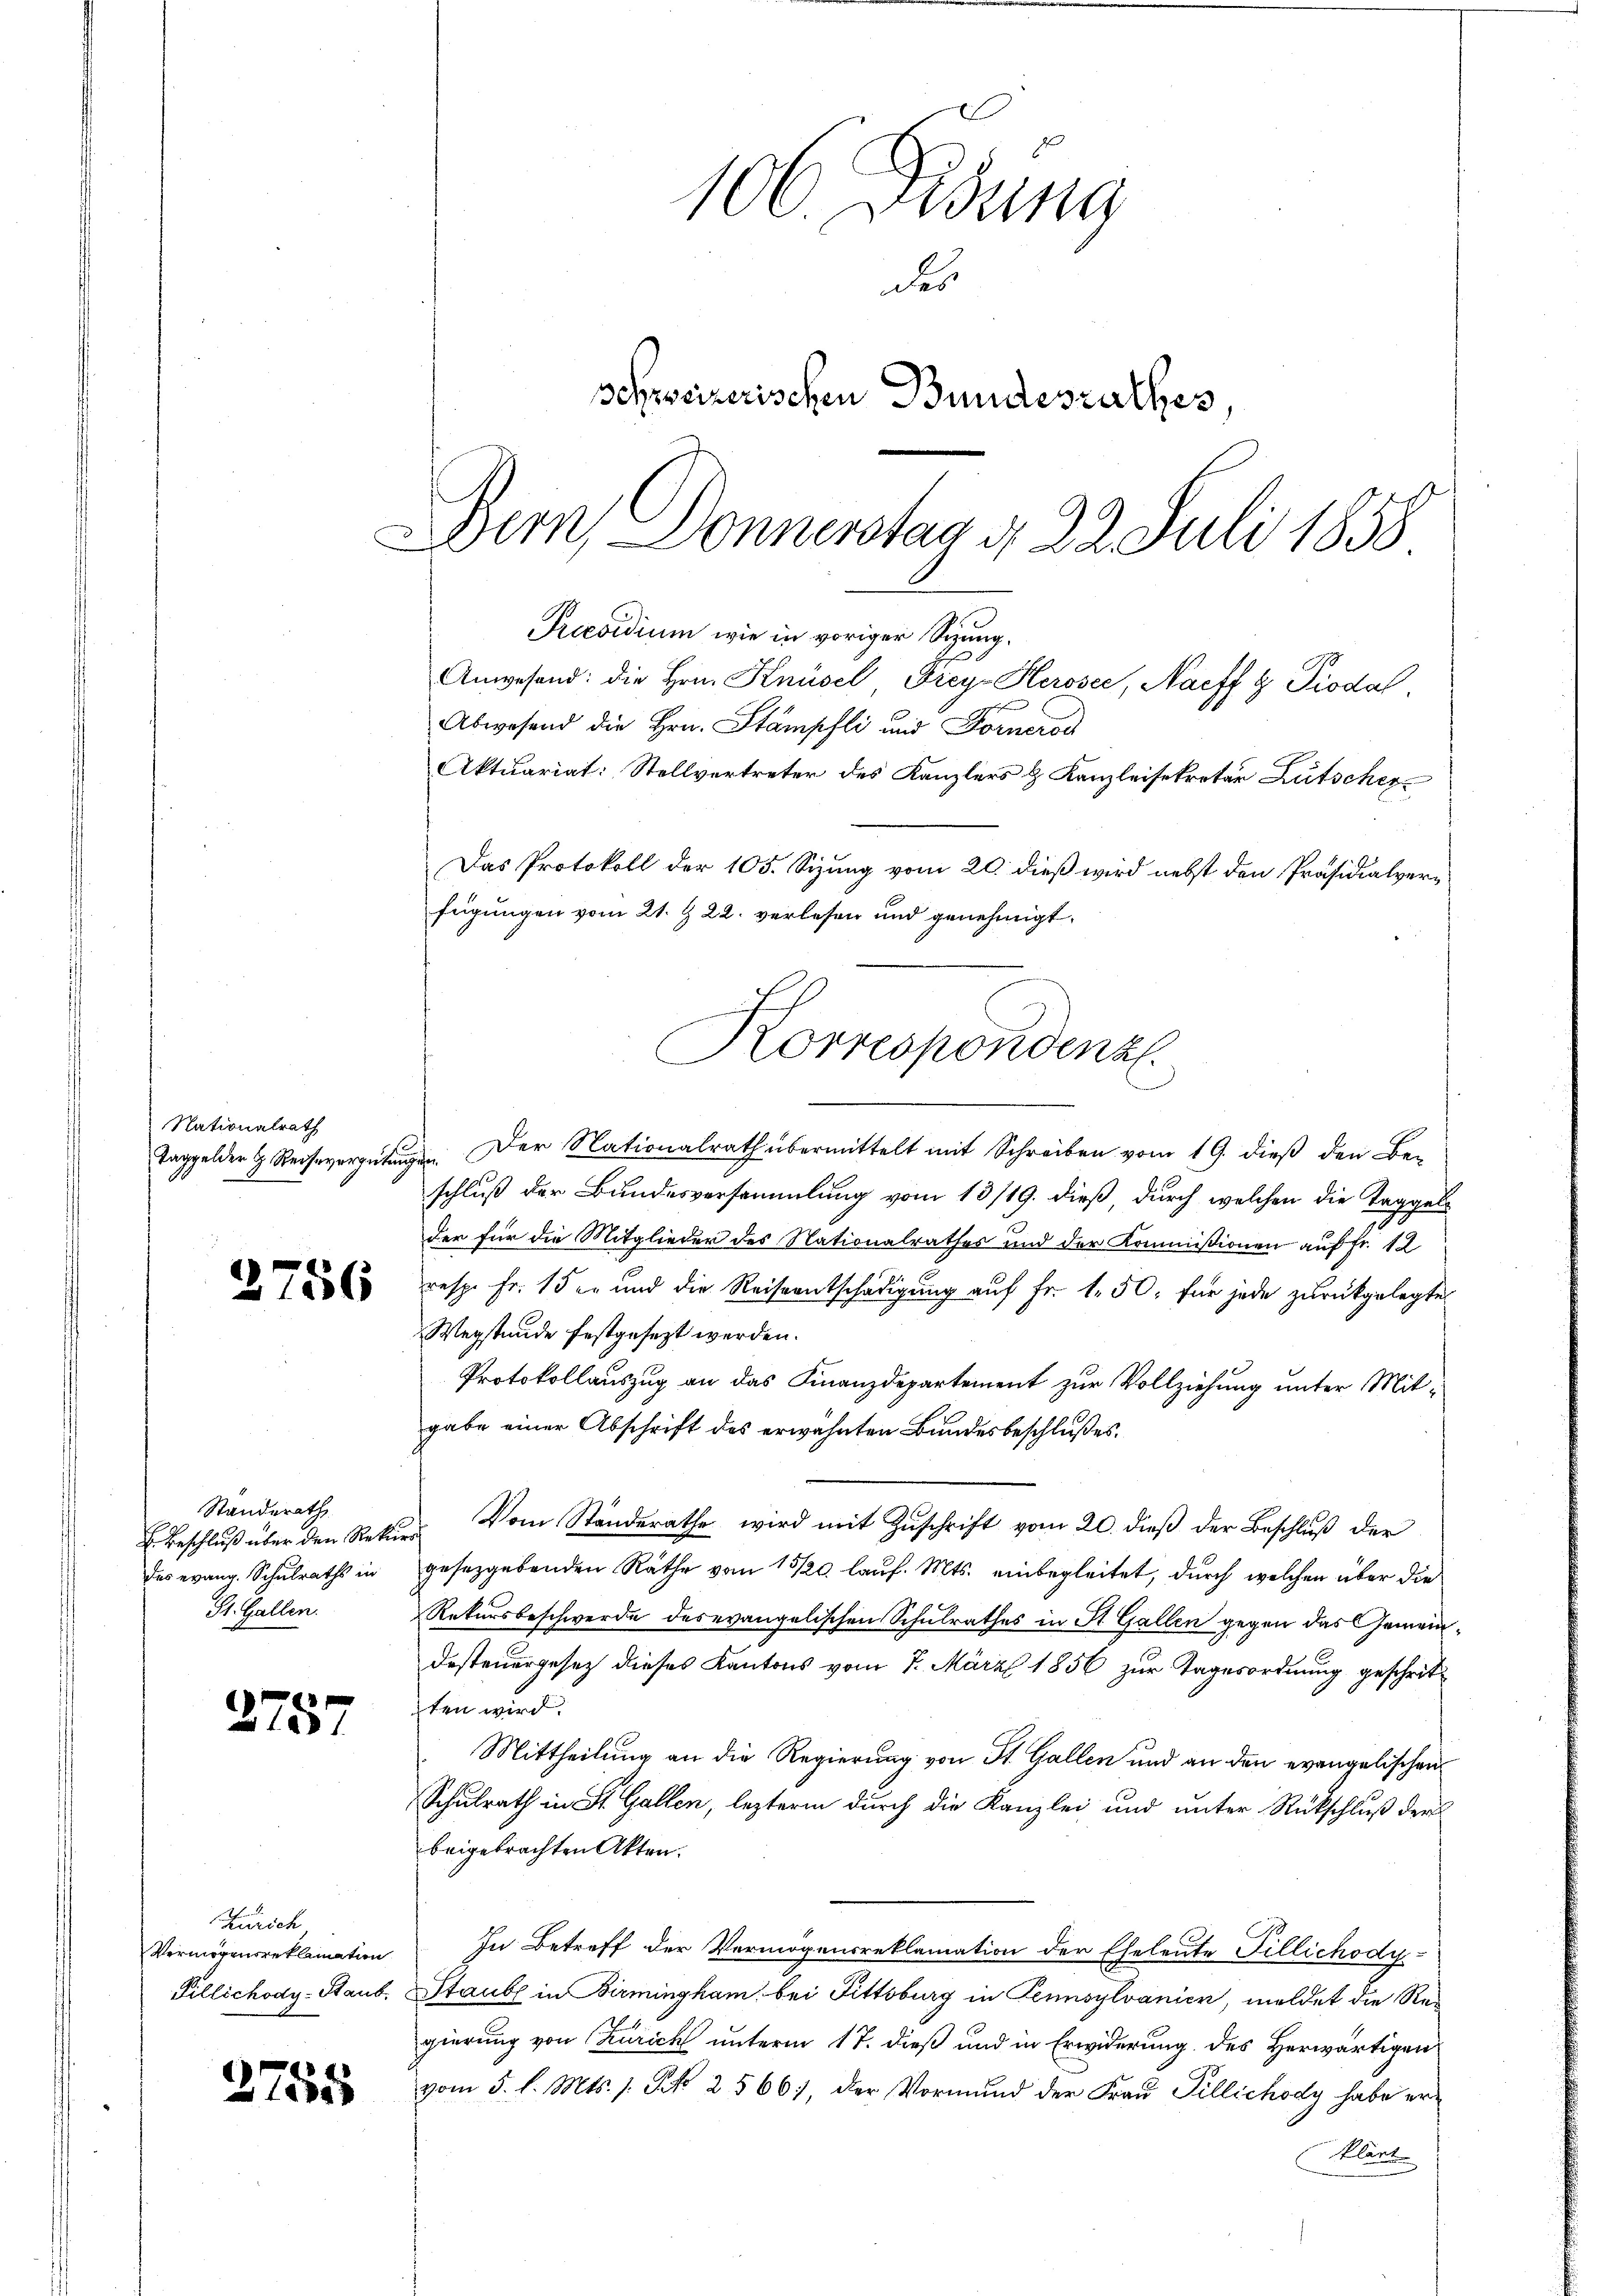
Nationalrath
Taggelder J. Reihevergütung

.

.

756

Standerath
Beschluß über den Rekurdas evang. Schulraths in
St. Gallen.

1757

Zürich
Vermögensreklamation
Pillichody-Staub

3755

Previdium wie in voriger Sizung.
Anwesend: die Hrn. Knüsel, Frey Herosee, Naeff 9 Piodal
Abwesend die Hrn. Stämpfli und Fornerod
Aktuariat: Stellvertreter des Kanzlers & Kanzleisekretär Lütscher
Das Protokoll der 105. Sizung vom 20. dieß wird nebst den Präsidialverfügungen vom 21. & 22. verlesen und genehmigt.
Korrespondenz

106. Fidung
des
Schweizerischen Bundesrathes,
Bern, Donnerstag d. 22 Juli 1858

: Der Nationalrath übermittelt mit Schreiben vom 19. dieß den Be-
schluß der Bundesversammlung vom 13/19. dieß durch welchen die Taggel
der für die Mitglieder des Nationalrathes und der Kommissionen auf Fr. 12
resp. Fr. 15 er und die Reiseentschädigung auf Fr. 1. 50. für jede zurückgelegte
Wegstunde festgesezt werden.
Protokollauszug an das Finanzdepartement zur Vollziehung unter Mitgabe einer Abschrift des erwähnten Bundesbeschlußes.
Vom Ständerathe wird mit Zŭschrift vom 20. dieβ der Beschlŭβ der
gesetzgebenden Räthe vom 15/20. lauf. Mts. einbegleitet, durch welchen über die
Rekursbeschwerde derevangelischen Schulrathes in St. Gallen gegen das Gemeindesteuergesetz dieses Kantons vom 7. März 1856 zur Tagesordnung geschritten wird.
Mittheilung an die Regierung von St. Gallen und an den evangelischen
Schulrath in St. Gallen, lezterm durch die Kanzlei und unter Rückschluß der
beigebrachten Akten.
In Betreff der Vermögensreklamation der Eheleute Fillichody-
Staube in Birmingham bei Fittsburg in Tennsylvanick, meldet die Regierung von Zürich unterm 17. dieß und in Erwiderung des Herwärtigen
vom 5. l. Mts. s. Frk. 2566), der Vormund der Frau Tillichody habe erklärt